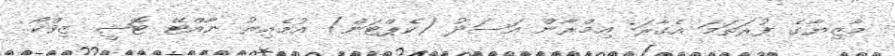
މާޒިޔާގެ ފުރަތަމަ އެގާރަ: އިމްރާން އަސަދު (ކެޕްޓަން) އުމެއިރު ނާއްޓޭ ޓޮޝީ ޒިވްކޯ..